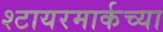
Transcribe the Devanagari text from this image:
श्टायरमार्कच्या